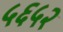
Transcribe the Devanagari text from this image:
५६५२